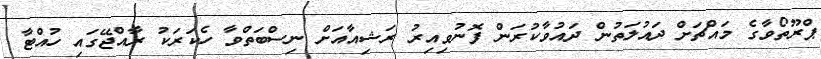
ޕްރޫތޯވާގެ މައްޗަށް ދައުލަތުން ދައުވާކުރަން ފޮނުވިއިރު ރަޝިއާއަށް ނިސްބަތްވާ ހެކަރަކު ރާއްޖޭގައި ހުއްޓާ